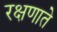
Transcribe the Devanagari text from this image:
रक्षणाते